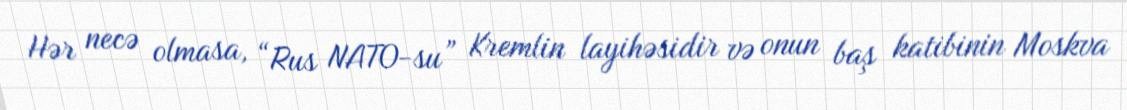
Hər necə olmasa, “Rus NATO-su” Kremlin layihəsidir və onun baş katibinin Moskva